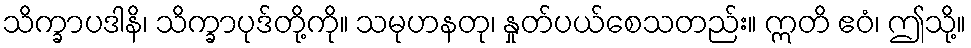
သိက္ခာပဒါနိ၊ သိက္ခာပုဒ်တို့ကို။ သမုဟနတု၊ နှုတ်ပယ်စေသတည်း။ ဣတိ ဧဝံ၊ ဤသို့။